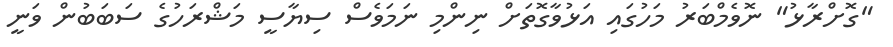
"ގޮށްރާޅު" ނޮވެމްބަރު މަހުގައި އަޅުވާގޮތަށް ނިންމި ނަމަވެސް ސިޔާސީ މަޝްރަހުގެ ސަބަބުން ވަނީ